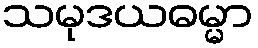
သမုဒယဓမ္မာ